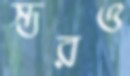
স্তরও